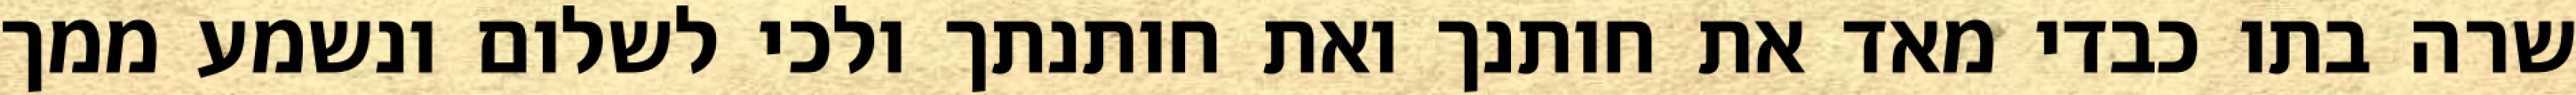
שרה בתו כבדי מאד את חותנך ואת חותנתך ולכי לשלום ונשמע ממך